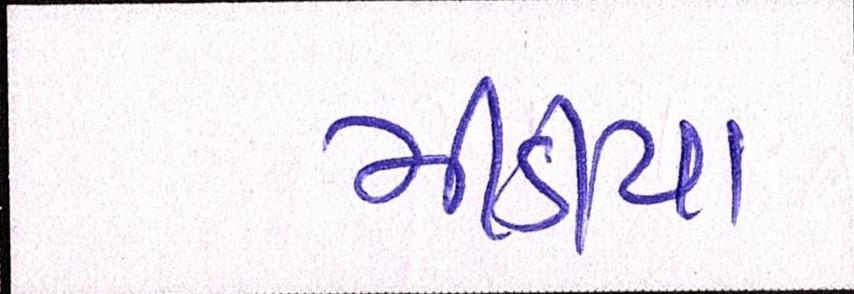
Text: મીડીયા